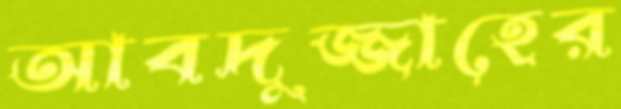
আবদুজ্জাহের